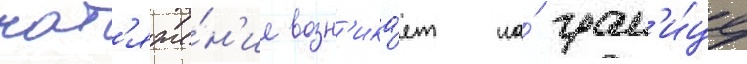
нат'яже́н'ие возн'ика́ет на́ гран'и́це